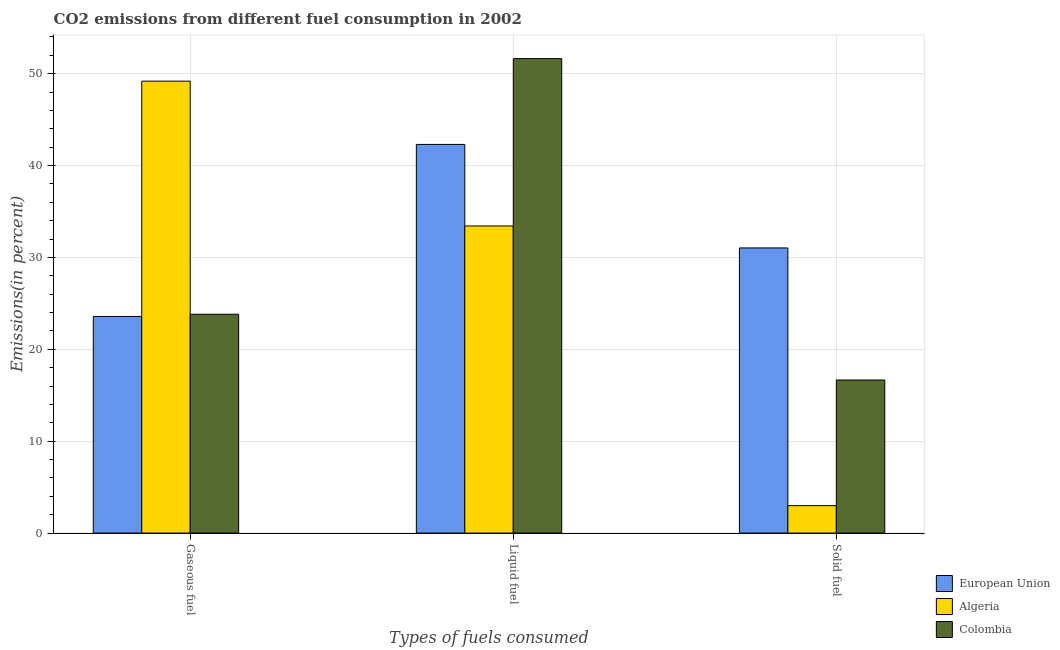
| Types of fuels consumed | European Union | Algeria | Colombia |
 | --- | --- | --- | --- |
 | Gaseous fuel | 23.6 | 49.2 | 23.8 |
 | Liquid fuel | 42.3 | 33.4 | 51.6 |
 | Solid fuel | 31 | 2.98 | 16.7 |